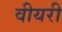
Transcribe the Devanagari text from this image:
वीयरी